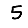
Digit: 5